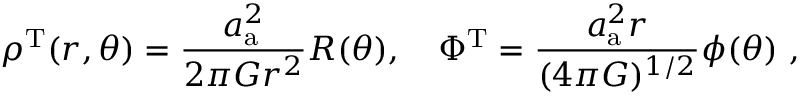
\rho ^ { \mathrm { T } } ( r , \theta ) = \frac { a _ { \mathrm { a } } ^ { 2 } } { 2 \pi G r ^ { 2 } } R ( \theta ) , \quad \Phi ^ { \mathrm { T } } = \frac { a _ { \mathrm { a } } ^ { 2 } r } { ( 4 { \pi } G ) ^ { 1 / 2 } } \phi ( \theta ) \ ,